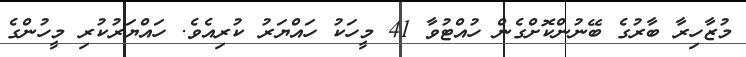
މުޒާހިރާ ބާރުގެ ބޭނުންކޮށްގެން ހުއްޓުވާ 41 މީހަކު ހައްޔަރު ކުރިއެވެ. ހައްޔަރުކުރި މީހުންގެ